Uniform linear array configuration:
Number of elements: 24
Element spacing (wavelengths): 0.25
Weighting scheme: cosine
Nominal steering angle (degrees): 30
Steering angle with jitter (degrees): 28.613
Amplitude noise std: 0.05
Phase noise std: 0.05

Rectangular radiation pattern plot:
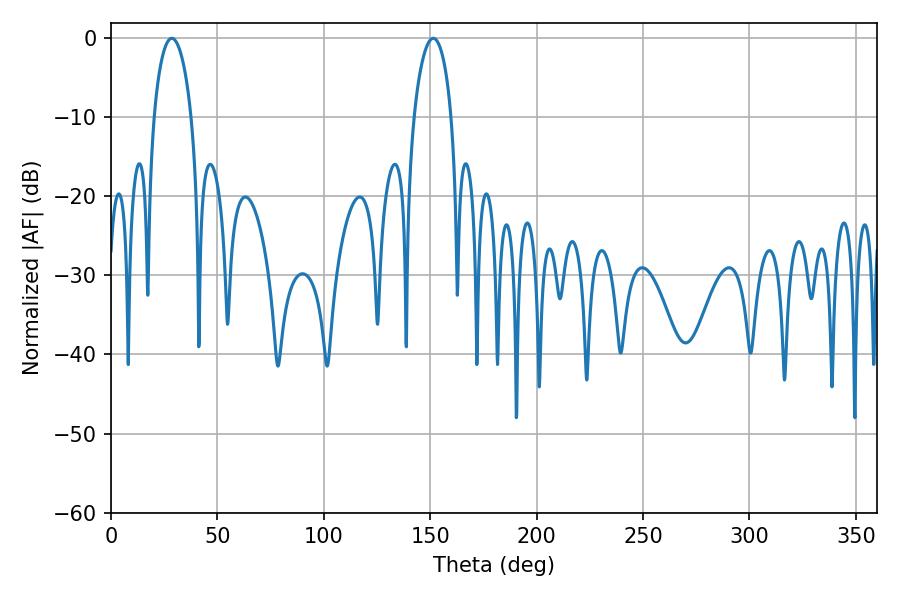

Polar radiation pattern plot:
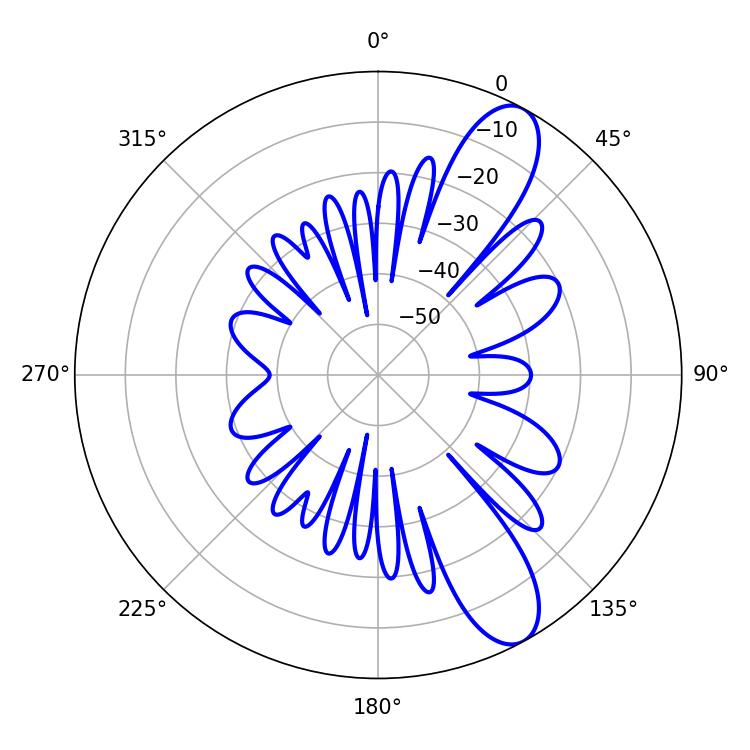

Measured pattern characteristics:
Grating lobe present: FALSE
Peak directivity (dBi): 10.386
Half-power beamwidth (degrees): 10.08
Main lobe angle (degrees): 28.62